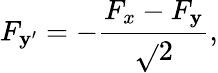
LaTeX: F_{\mathbf{y}^{\prime}}=-\frac{{F_{x}-F_{\mathbf{y}}}}{{\sqrt{}{{2}}}},